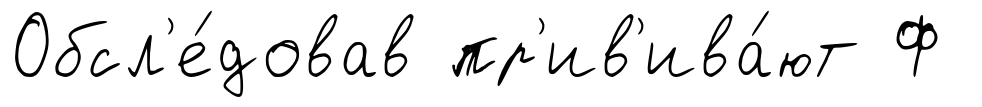
Обсл'е́довав пр'ив'ива́ют Ф